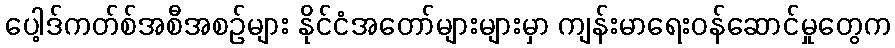
ပေါ့ဒ်ကတ်စ်အစီအစဉ်များ နိုင်ငံအတော်များများမှာ ကျန်းမာရေးဝန်ဆောင်မှုတွေက